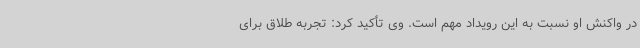
در واکنش او نسبت به این رویداد مهم است. وی تأکید کرد: تجربه طلاق برای